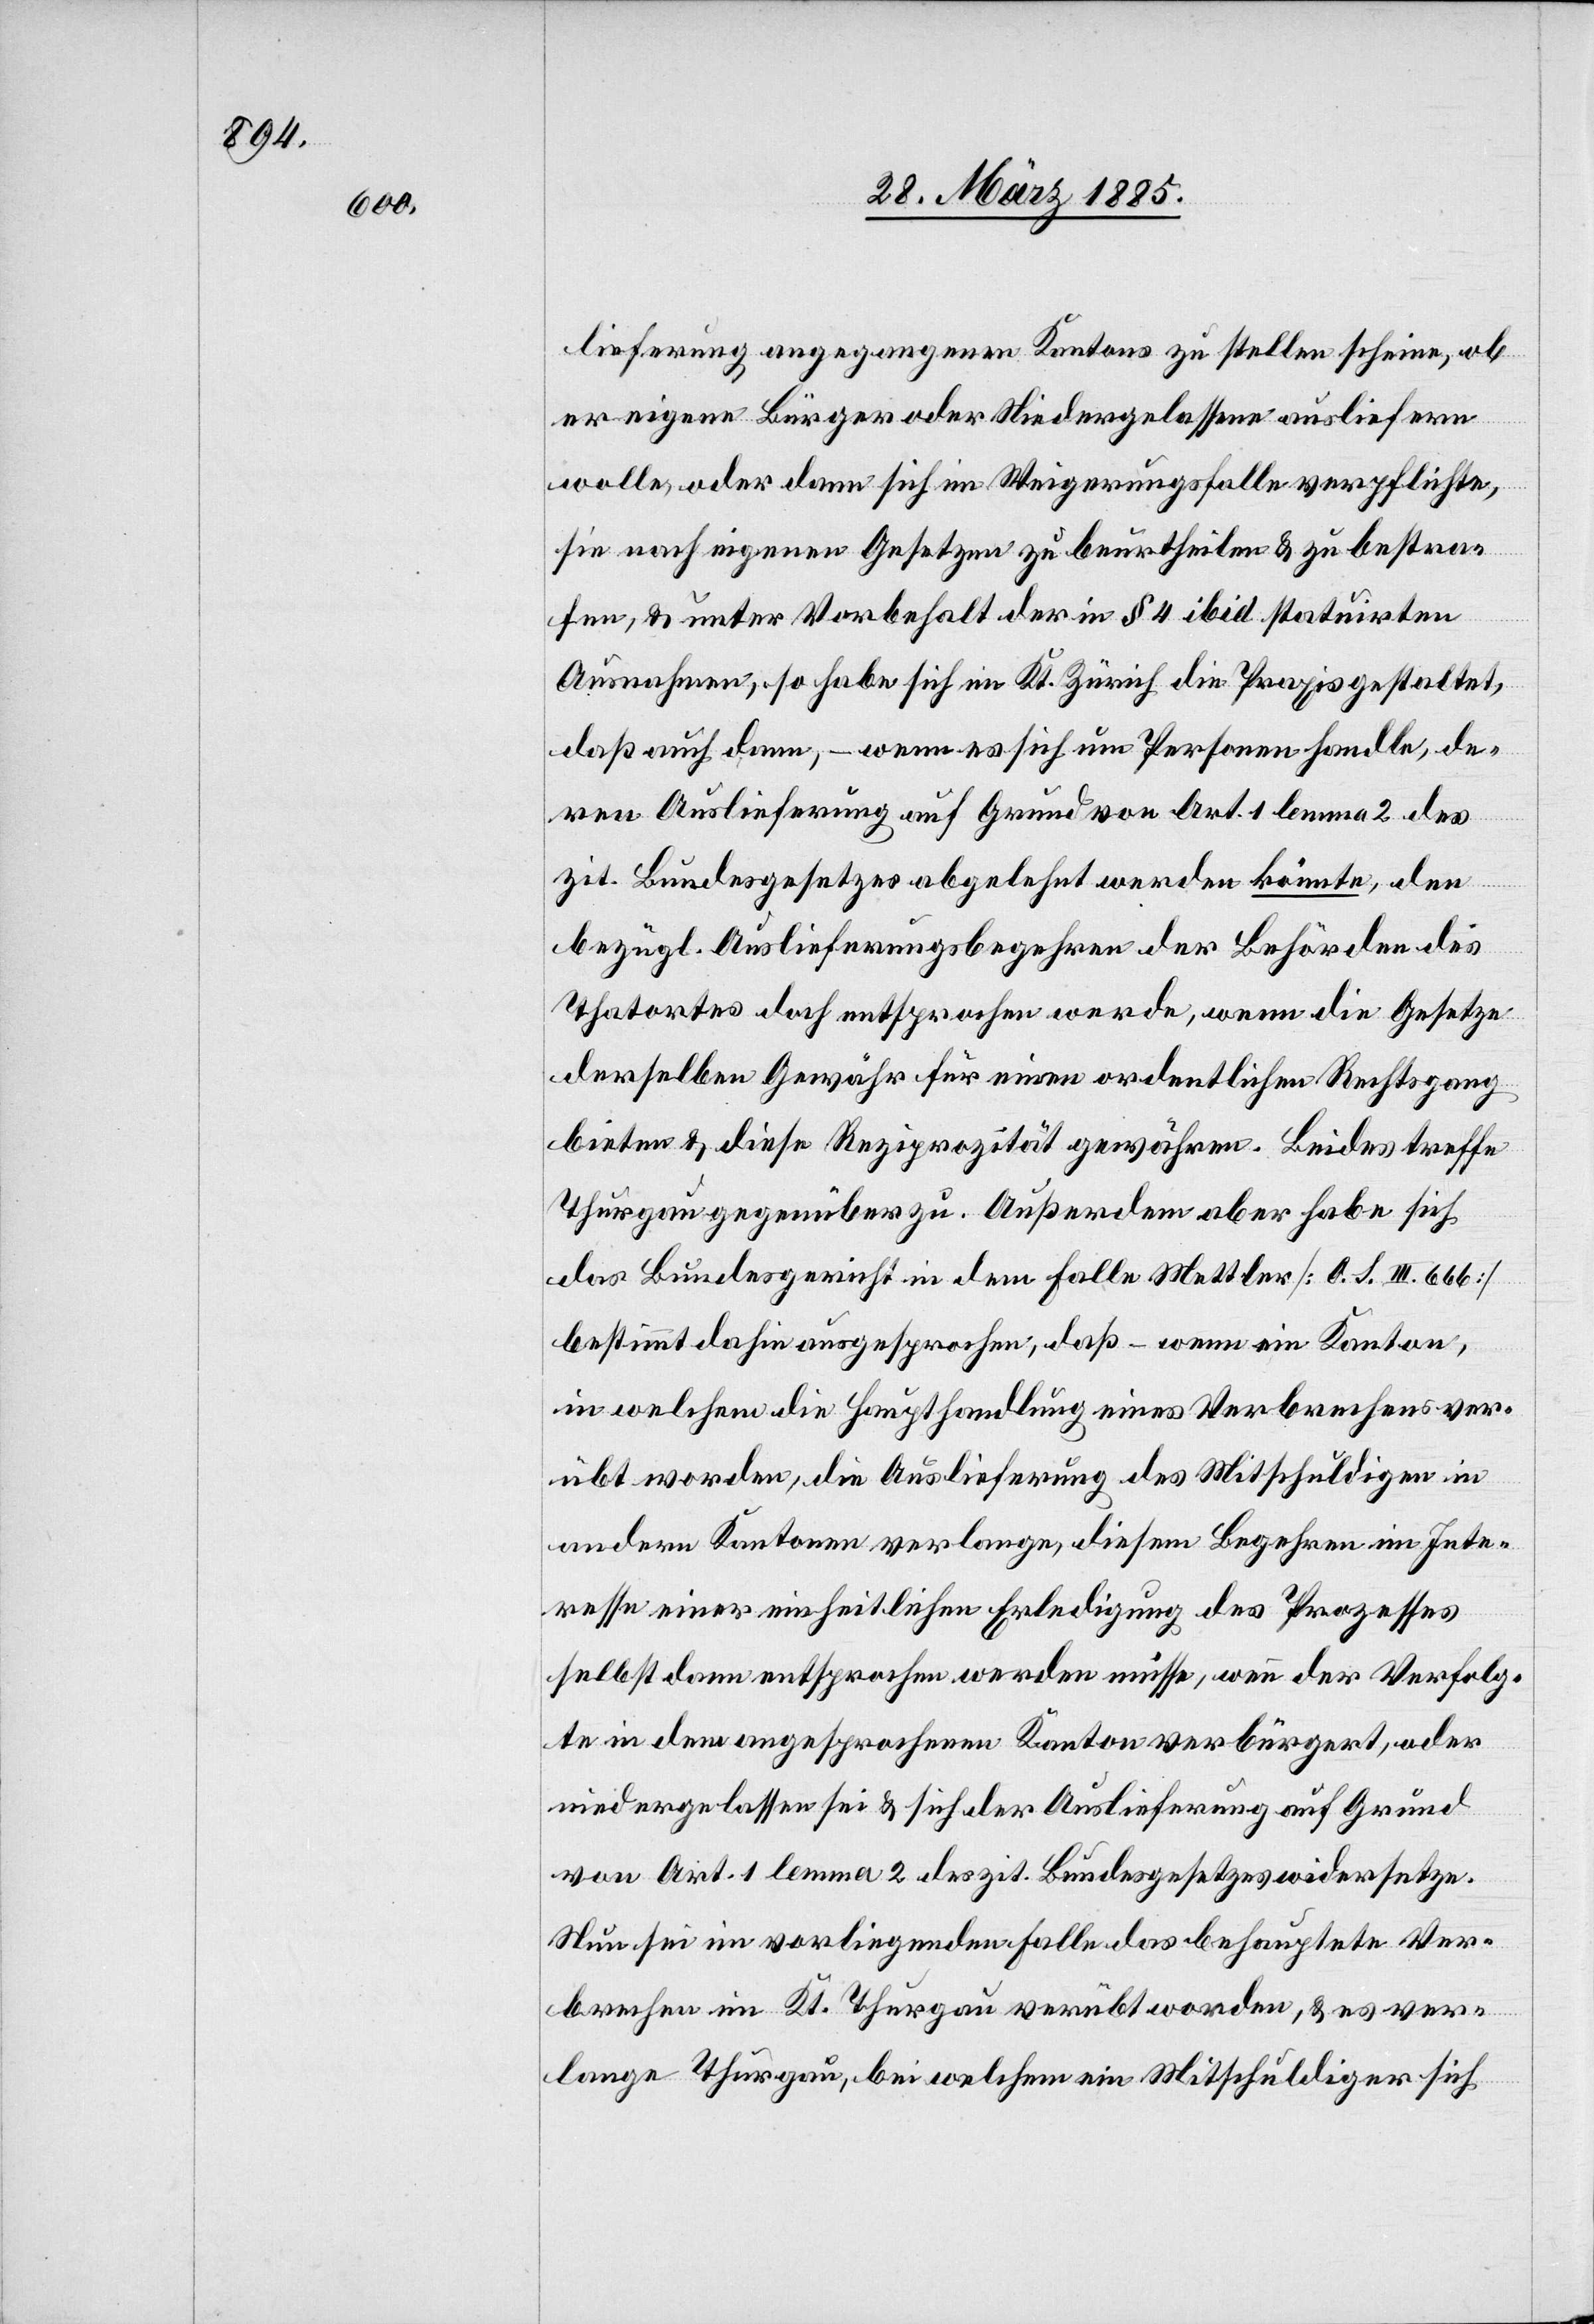
lieferung angegangenen Kantons zu stellen scheine, ob
er eigene Bürger oder Niedergelassene ausliefern
wolle, oder dann sich im Weigerungsfalle verpflichte,
sie nach eigenen Gesetzen zu beurtheilen & zu bestra¬
fen, & unter Vorbehalt der in § 4 ibid. statuirten
Ausnahmen, so habe sich im Kt. Zürich die Praxis gestaltet,
daß auch dann, wenn es sich um Personen handle, de¬
ren Auslieferung auf Grund von Art. 1 lemma 2 des
zit. Bundesgesetzes abgelehnt werden könnte, den
bezügl. Auslieferungsbegehren der Behörden des
Thatortes doch entsprochen werde, wenn die Gesetze
derselben Gewähr für einen ordentlichen Rechtsgang
bieten & diese Reziprozität gewähren. Beides treffe
Thurgau gegenüber zu. Außerdem aber habe sich
das Bundesgericht in dem Falle Mettler [O. s. III. 666]
bestimmt dahin ausgesprochen, daß – wenn ein Kanton,
in welchem die Haupthandlung eines Verbrechens ver¬
übt worden, die Auslieferung des Mitschuldigen in
andern Kantonen verlange, diesem Begehren im Inte¬
resse einer einheitlichen Erledigung des Prozesses
selbst dann entsprochen werden müsse, wenn der Verfolg¬
te in dem angesprochenen Kanton verbürgert, oder
niedergelassen sei & sich der Auslieferung auf Grund
von Art. 1 lemma 2 des zit. Bundesgesetzes widersetze.
Nun sei im vorliegenden Falle das behauptete Ver¬
brechen im Kt. Thurgau verübt worden, & es ver¬
lange Thurgau, bei welchem ein Mitschuldiger sich